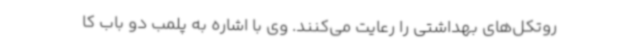
روتکل‌های بهداشتی را رعایت می‌کنند. وی با اشاره به پلمب دو باب کا